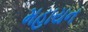
મહાયન